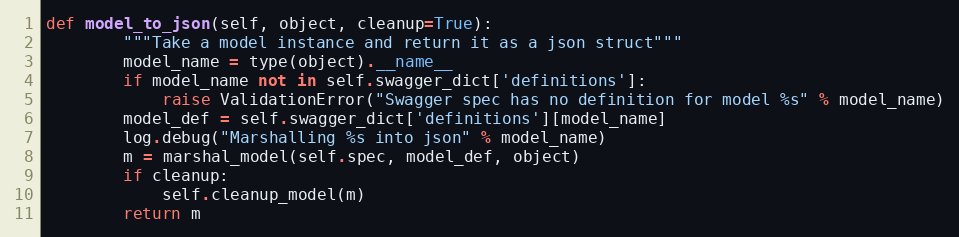
Language: Python
def model_to_json(self, object, cleanup=True):
        """Take a model instance and return it as a json struct"""
        model_name = type(object).__name__
        if model_name not in self.swagger_dict['definitions']:
            raise ValidationError("Swagger spec has no definition for model %s" % model_name)
        model_def = self.swagger_dict['definitions'][model_name]
        log.debug("Marshalling %s into json" % model_name)
        m = marshal_model(self.spec, model_def, object)
        if cleanup:
            self.cleanup_model(m)
        return m